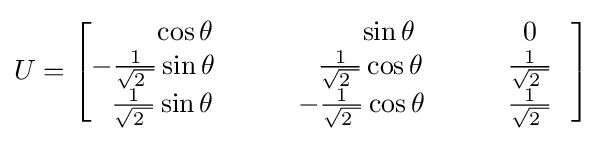
U={\begin{bmatrix}\qquad ~\cos \theta &\qquad \qquad \sin \theta &\qquad 0~~\\-{\frac {1}{\sqrt {2\ }}}\sin \theta &\qquad ~~{\frac {1}{\sqrt {2\ }}}\cos \theta &\qquad {\frac {1}{\sqrt {2\ }}}~~\\~~{\frac {1}{\sqrt {2\ }}}\sin \theta &\qquad -{\frac {1}{\sqrt {2\ }}}\cos \theta &\qquad {\frac {1}{\sqrt {2\ }}}~~\end{bmatrix}}~